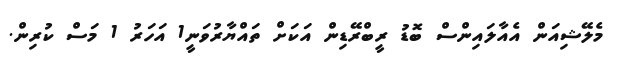
މެލޭޝިއަން އެއާލައިންސް ބޮޑު ރީބްރޭޑިން އަކަށް ތައްޔާރުވަނީ1 އަހަރު 1 މަސް ކުރިން.